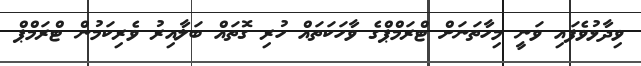
ވިދާޅުވެފައި ވަނީ މިހާތަނަށް ޓްރަމްޕްގެ ވާހަކަތައް ހުރި ގޮތައް ބަލާއިރު ވެރިކަމުން ޓްރަމްޕް